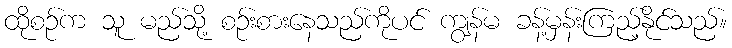
ထိုစဉ်က သူ မည်သို့ စဉ်းစားနေသည်ကိုပင် ကျွန်မ ခန့်မှန်းကြည့်နိုင်သည်။